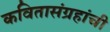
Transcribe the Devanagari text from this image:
कवितासंग्रहांची